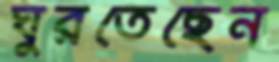
ঘুরতেছেন